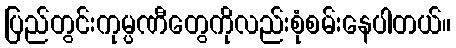
ပြည်တွင်းကုမ္ပဏီတွေကိုလည်းစုံစမ်းနေပါတယ်။